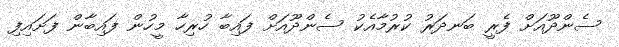
ސެންދޫއަށް ފެރީ ބަނދަރު ކުރުމާއެކު ސެންދޫއަށް ފައިބާ ހުރިހާ މީހުން ފައިބާން ފަށައިފި